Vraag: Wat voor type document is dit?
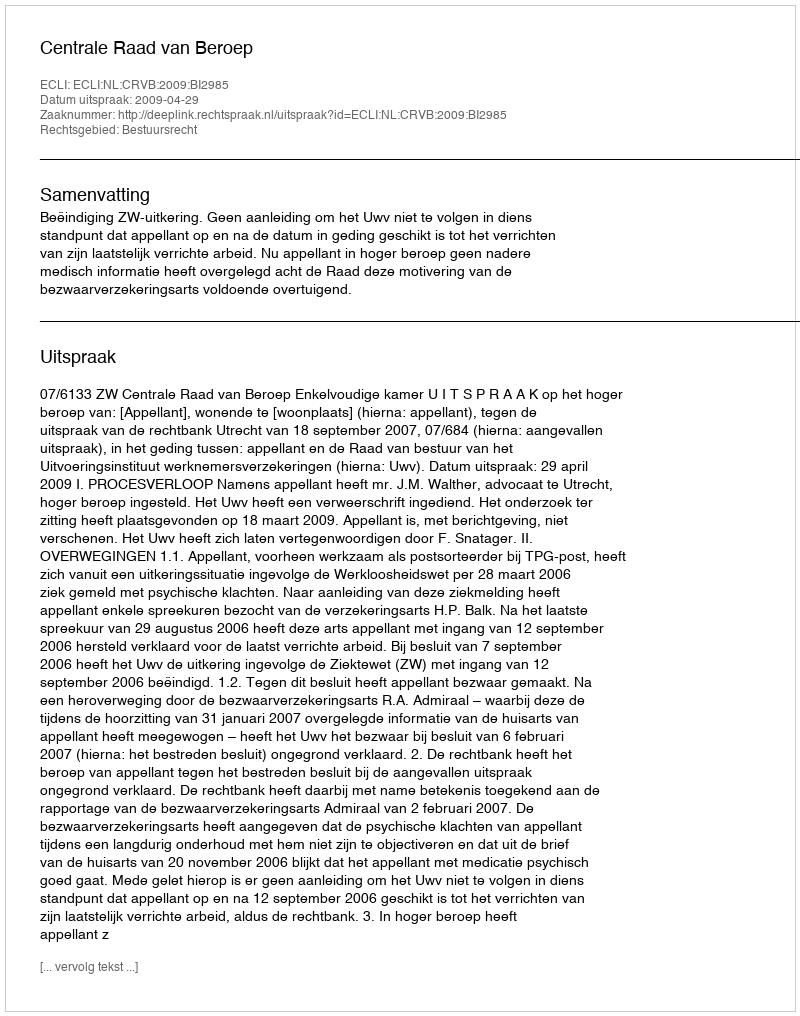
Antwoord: Uitspraak